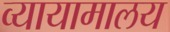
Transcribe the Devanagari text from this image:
व्यायामालय